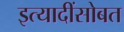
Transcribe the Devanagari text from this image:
इत्यादींसोबत